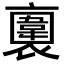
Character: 𧝕